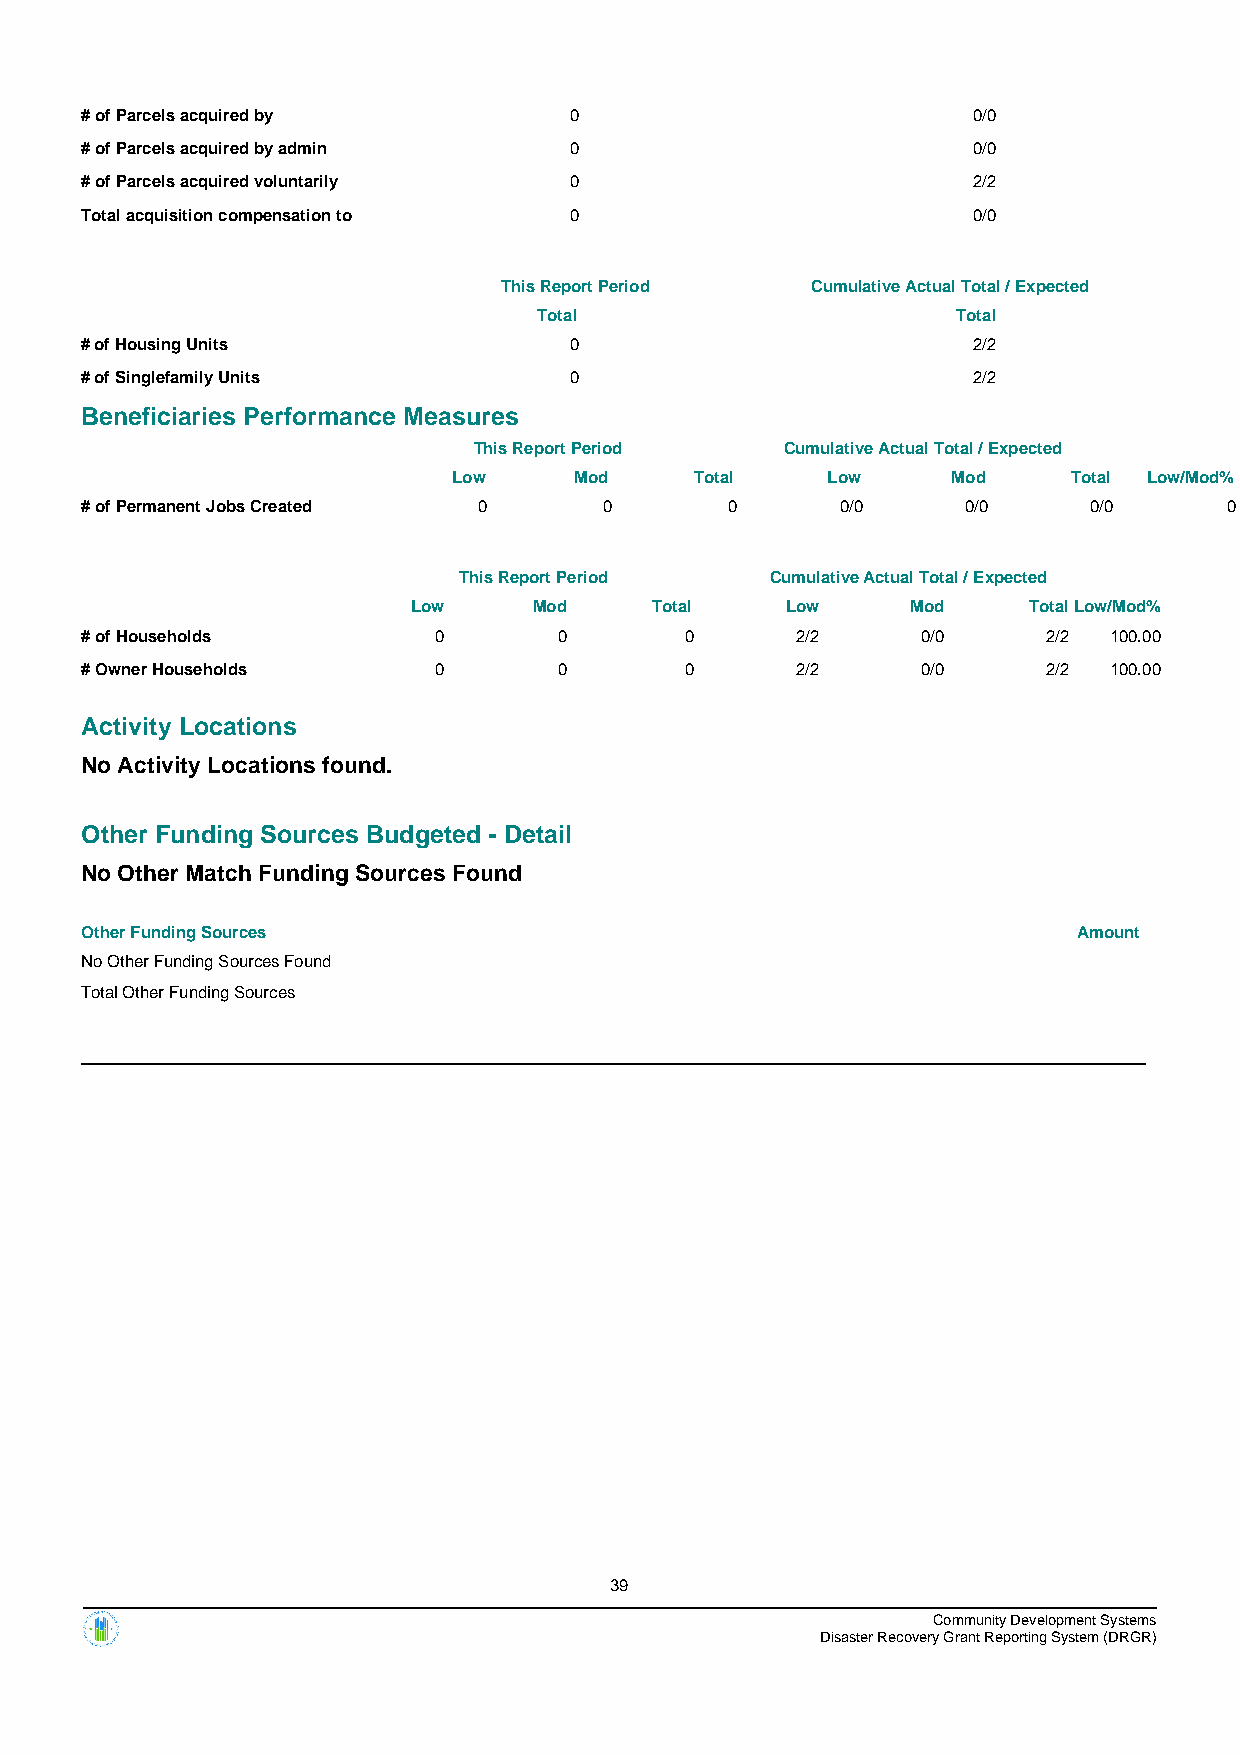
# of Parcels acquired by         0                         0/0
 # of Parcels acquired by admin   0                         0/0
 # of Parcels acquired voluntarily 0                        2/2
 Total acquisition compensation to 0                        0/0
 This Report Period   Cumulative Actual Total / Expected
 Total                      Total
 # of Housing Units               0                         2/2
 # of Singlefamily Units          0                         2/2
 Beneficiaries Performance Measures
 This Report Period   Cumulative Actual Total / Expected
 Low     Mod     Total    Low     Mod     Total Low/Mod%
 # of Permanent Jobs Created 0      0       0       0/0     0/0     0/0      0
 This Report Period   Cumulative Actual Total / Expected
 Low     Mod     Total    Low     Mod     TotalLow/Mod%
 # of Households         0       0       0       2/2     0/0     2/2 100.00
 # Owner Households      0       0       0       2/2     0/0     2/2 100.00
 Activity Locations
 No Activity Locations found.
 Other Funding Sources Budgeted - Detail
 No Other Match Funding Sources Found
 Other Funding Sources                                             Amount
 No Other Funding Sources Found
 Total Other Funding Sources
 39
 Community Development Systems
 Disaster Recovery Grant Reporting System (DRGR)